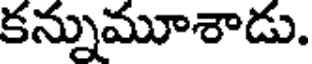
కన్నుమూశాడు.